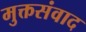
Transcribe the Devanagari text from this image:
मुक्तसंवाद